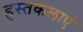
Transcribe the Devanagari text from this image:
हस्तकलाएं